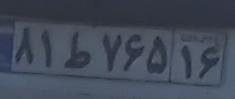
۸۱ط۷۶۵۱۶